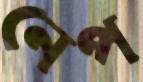
নেপ